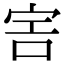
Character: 𡧱